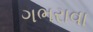
ગભરાવા